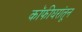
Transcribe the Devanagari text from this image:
कॉफीघरांतून